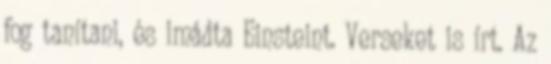
fog tanítani, és imádta Einsteint. Verseket is írt. Az